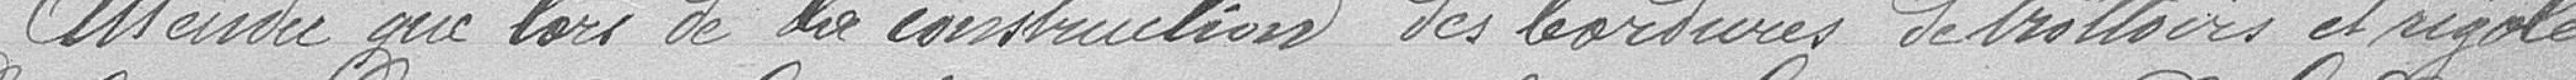
Attendu que lors de la construction des bordures de trottoirs et rigoles